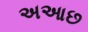
અઆછ